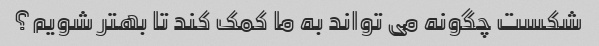
شکست چگونه می تواند به ما کمک کند تا بهتر شویم؟